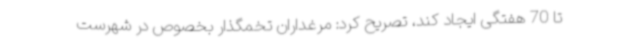
تا 70 هفتگی ایجاد کند، تصریح کرد: مرغداران تخمگذار بخصوص در شهرست